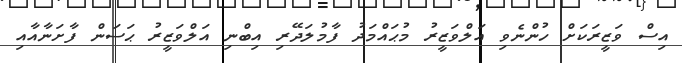
އިސް ވަޒީރަކަށް ހުންނެވި އަލްވަޒީރު މުޙައްމަދު ފާމުލަދޭރި އިބްނި އަލްވަޒީރު ޙަސަން ފާށަނާއާއި